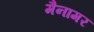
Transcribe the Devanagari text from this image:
मैनामर